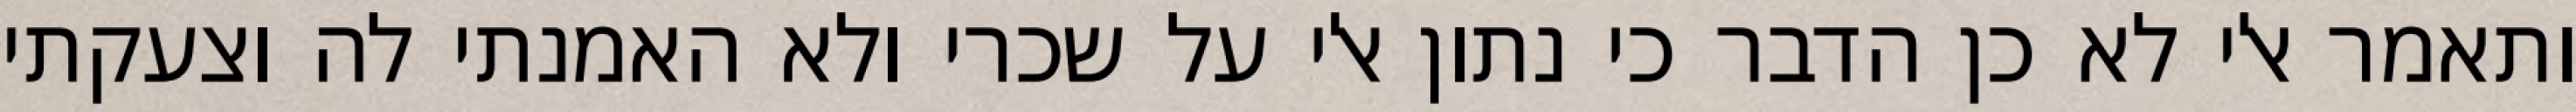
ותאמר אלי לא כן הדבר כי נתון אלי על שכרי ולא האמנתי לה וצעקתי